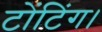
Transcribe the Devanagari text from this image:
टोंटिंग।